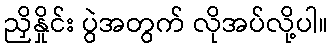
ညှိနှိုင်း ပွဲအတွက် လိုအပ်လို့ပါ။